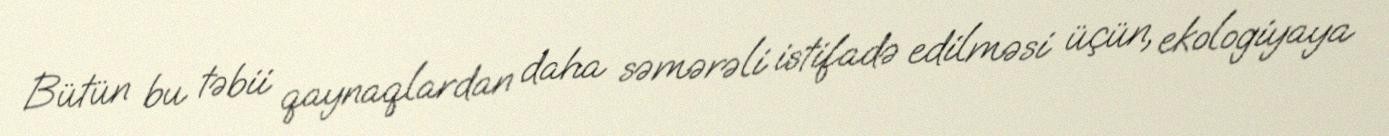
Bütün bu təbii qaynaqlardan daha səmərəli istifadə edilməsi üçün, ekologiyaya